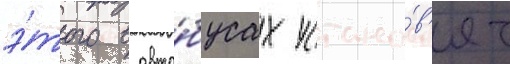
э́того в авто́бусах устано́в'ят